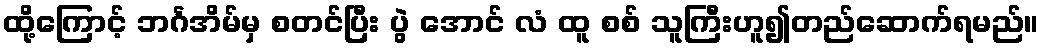
ထို့ကြောင့် ဘင်္ဂအိမ်မှ စတင်ပြီး ပွဲ အောင် လံ ထူ စစ် သူကြီးဟူ၍တည်ဆောက်ရမည်။